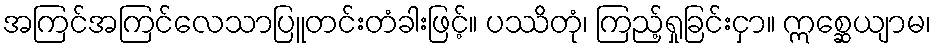
အကြင်အကြင်လေသာပြူတင်းတံခါးဖြင့်။ ပဿိတုံ၊ ကြည့်ရှုခြင်းငှာ။ ဣစ္ဆေယျာမ၊